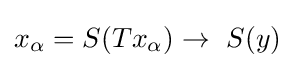
x_{\alpha }=S(Tx_{\alpha })\to \ S(y)